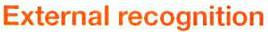
External recognition